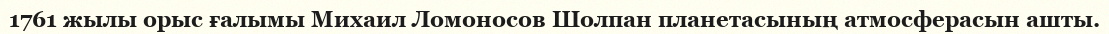
1761 жылы орыс ғалымы Михаил Ломоносов Шолпан планетасының атмосферасын ашты.